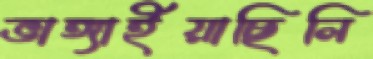
ভাঙ্গাইয়াছিলি